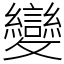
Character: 變